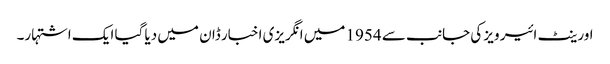
اورینٹ ائیر ویز کی جانب سے 1954 میں انگریزی اخبار ڈان میں دیا گیا ایک اشتہار۔